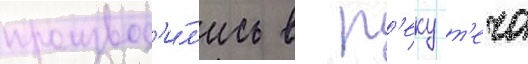
производ'и́л'ись в р'еку т'еча